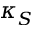
\kappa _ { S }